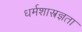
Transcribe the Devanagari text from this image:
धर्मशास्त्रज्ञता